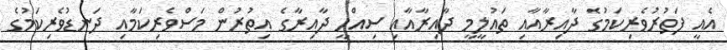
އެއީ ފަތުރުވެރިކަމުގެ ދާއިރާއާއި ތައުލީމީ ދާއިރާއާއި ސިއްހީ ދާއިރާގެ އިތުރުން މަސްވެރިކަމާއި ދަނޑުވެރިކަމުގެ